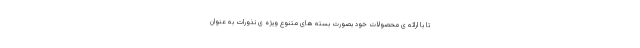
تا با ارائه ی محصولات خود بصورت بسته های متنوع ویژه ی نذورات به عنوان